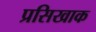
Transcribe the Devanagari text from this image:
प्रसिखाक